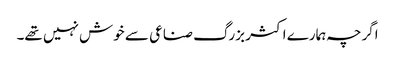
اگرچہ ہمارے اکثر بزرگ صناعی سے خوش نہیں تھے۔